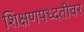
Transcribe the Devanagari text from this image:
शिक्षणपध्दतीवर